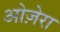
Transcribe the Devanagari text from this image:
ओज़ेरा